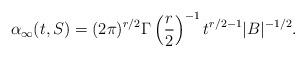
LaTeX: \begin{align*}\alpha_\infty(t,S) = (2\pi)^{r/2}\Gamma\left(\frac{r}{2}\right)^{-1}t^{r/2 - 1}|B|^{-1/2}.\end{align*}